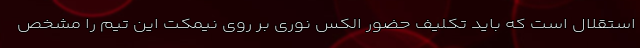
استقلال است که باید تکلیف حضور الکس نوری بر روی نیمکت این تیم را مشخص